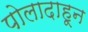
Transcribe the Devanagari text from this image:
पोलादाहून